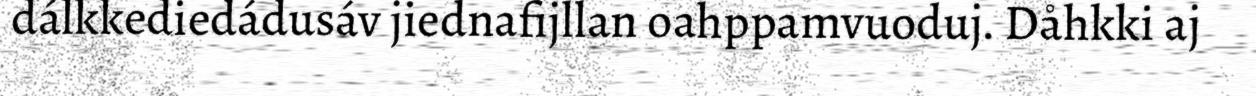
dálkkediedádusáv jiednafijllan oahppamvuoduj. Dåhkki aj